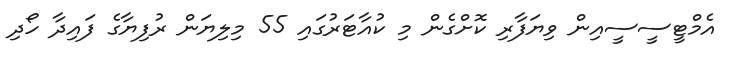
އެމްޓީސީސީއިން ވިޔަފާރި ކޮށްގެން މި ކުއާޓަރުގައި 55 މިލިޔަން ރުފިޔާގެ ފައިދާ ހޯދި